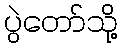
ပွဲတော်သို့